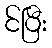
င်ပြီး